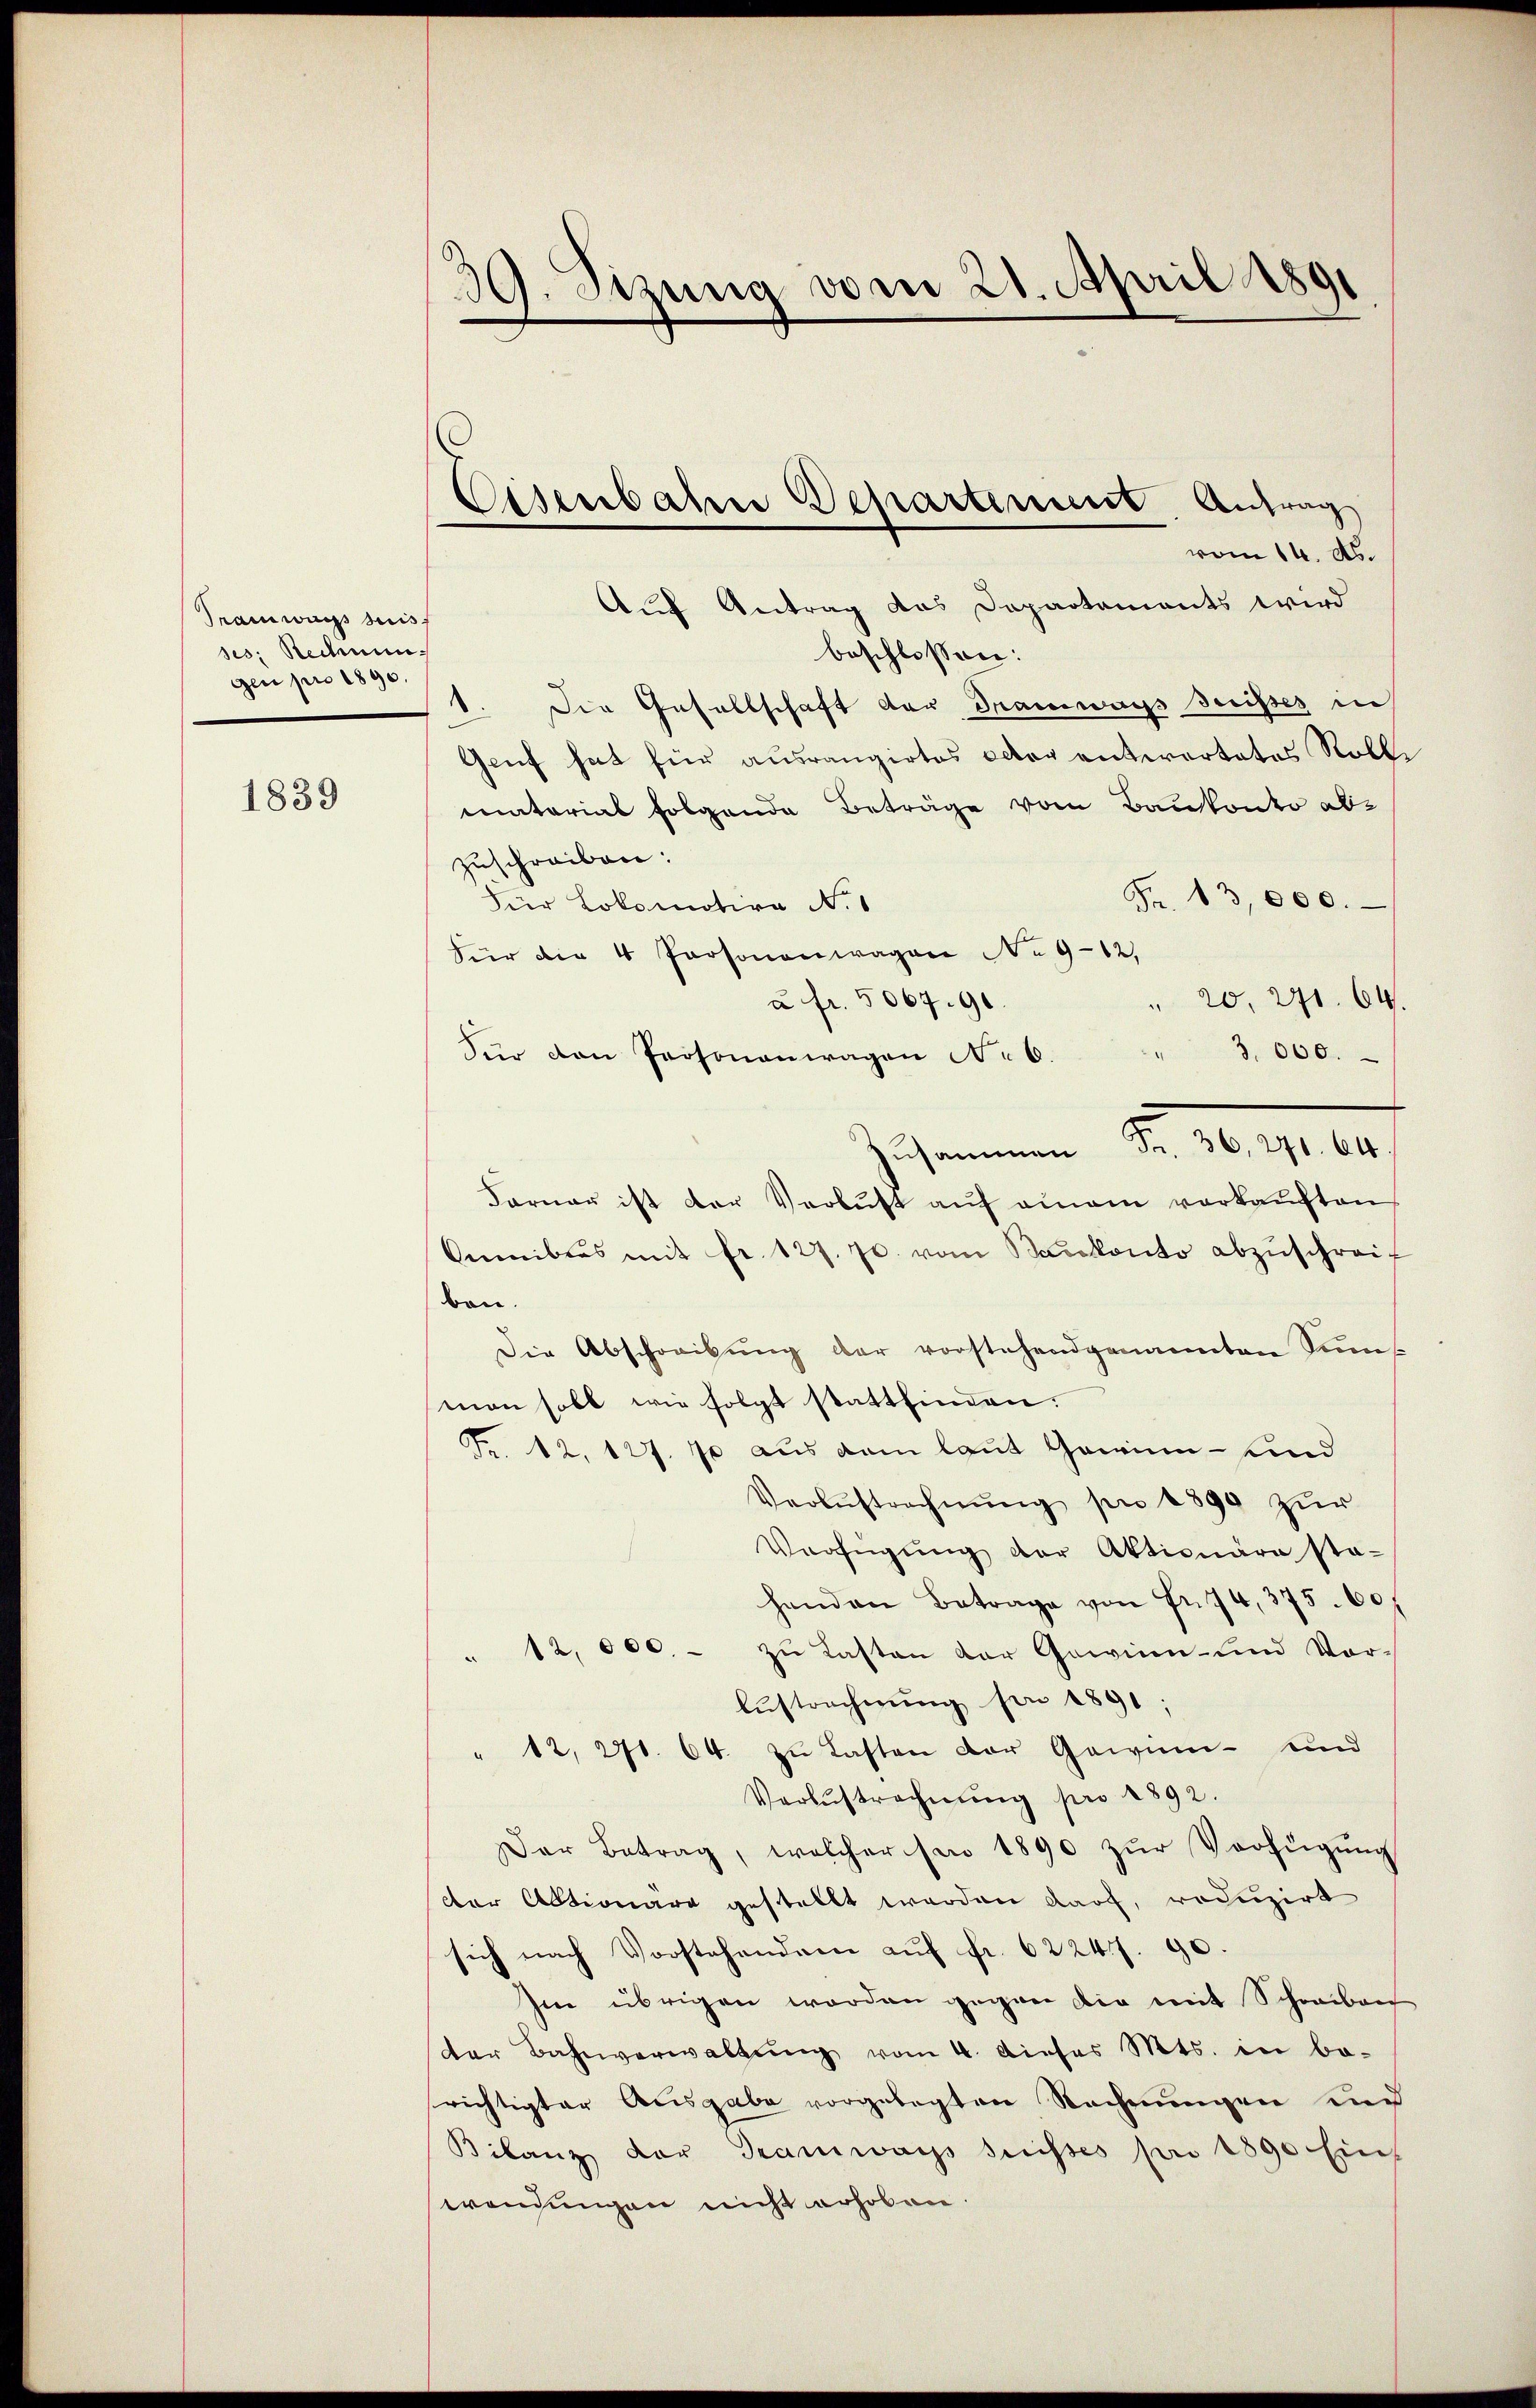
Tramwars suis
ses: Recimin
gen pro 1890.

1839

39. Sizung vom 21. April 1891

vom 14. ds.
Auf Antrag das Departements wird
beschlossen:
1. Die Gesellschaft der Tramways Suisses in
Genf hat für ausrangirtes octor entwortetes Rolle
matorial folgende Beträge vom Baukonto abzuschreiben:
Fr. 13,000.
Dier Lokomotive N. 1
Für die 4 Personenwagen No 912,
u fr. 5067.91.
" 20, 271. 64.
Für den Personenwagen No 6. " 3000.
Zusammenen Fr. 10. 1910.
Farner ist der Verlust aŭf einem verkaŭften,
Omnibus mit fr. 127. 70. vom Baukonto abzŭschreif
ben.
Die Abschreibŭng der vorstehend genannten Sims
man soll wie folgt stattfinden.
Fr. 12, 127. 70 aus dem laut Gewinn- und
Verlustrechnung pro 1890 zur
Verfügŭng der Aktionäre sta-
handen Betrage von Fr. 74, 375. 60
12,000.- zŭ lasten der Gewinn- und Vor-
Aŭstracherŭng pr 1891;
" 12, 271. 64. zu Lasten der Gewin- und
Verbestrechnŭng pro 1892.
Der Betrag, welcher sie 1890 zŭr Verfügŭng
cter Aktionare gestellt werden darf, reduzirt
sich nach Vorstehenden auf fr. 6224 f. 90.
Im übrigen worden gegen dir mit Schreiben
der Bahnverwaltŭng vom 4. dieses Mts. in be-
richtigter Ausgabe vorgelegten Rechnungen und
Bilanz der Tramways suisses pro 1890 Eins
wendungen nicht erhoben.

Osenbahne Departement Antrag